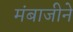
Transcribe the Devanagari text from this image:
मंबाजीने